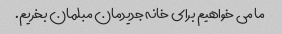
ما می خواهیم برای خانه جدیدمان مبلمان بخریم.